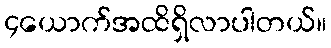
၄ယောက်အထိရှိလာပါတယ်။